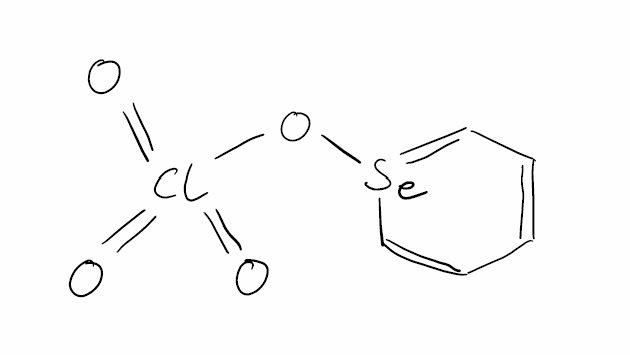
Simplified molecular-input line-entry system (SMILES) notation of the given molecule:
C1=CC=[Se](C=C1)OCl(=O)(=O)=O